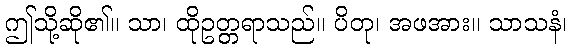
ဤသို့ဆို၏။ သာ၊ ထိုဥတ္တရာသည်။ ပိတု၊ အဖအား။ သာသနံ၊